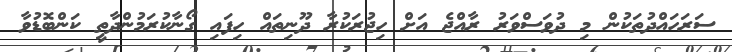
ސަރަހައްދުތަކުން މި ދުވަސްވަރު ރާއްޖެ އަށް ހިޖުރަކުރާ ދޫނިތައް ހިފައި ގޯނާކުރަމުންދާތީ ކަންބޮޑުވާ